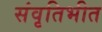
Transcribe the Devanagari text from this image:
संवृतिभीत